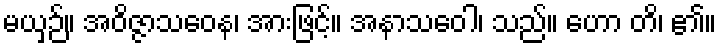
မယှဉ်။ အဝိဇ္ဇာသဝေန၊ အားဖြင့်။ အနာသဝေါ၊ သည်။ ဟော တိ၊ ၏။